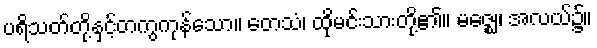
ပရိသတ်တို့နှင့်တကွကုန်သော။ တေသံ၊ ထိုမင်းသားတို့၏။ မဇ္ဈေ၊ အလယ်၌။